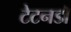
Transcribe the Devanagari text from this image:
टेटनडॉ